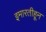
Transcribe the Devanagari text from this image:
इमारतीहून